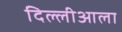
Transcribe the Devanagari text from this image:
दिल्लीआला